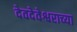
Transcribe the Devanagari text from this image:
देवदेवेश्वराच्या